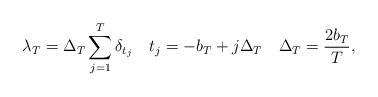
LaTeX: \begin{align*} \lambda_T = \Delta_T\sum_{j=1}^T \delta_{t_j} \quad t_j=-b_T + j \Delta_T \quad \Delta_T=\frac{2b_T}{T},\end{align*}